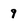
Character: 9